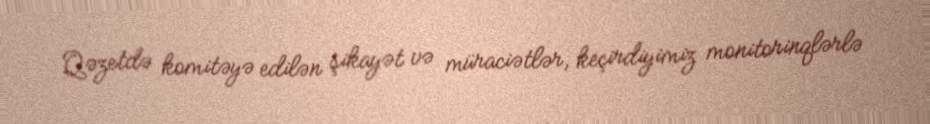
Qəzetdə komitəyə edilən şikayət və müraciətlər, keçirdiyimiz monitorinqlərlə